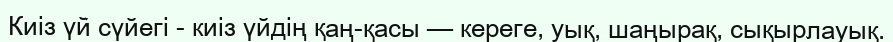
Киіз үй сүйегі - киіз үйдің қаң-қасы — кереге, уық, шаңырақ, сықырлауық.